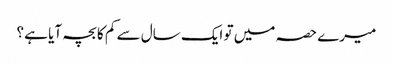
میرے حصہ میں تو ایک سال سے کم کا بچہ آیا ہے ؟